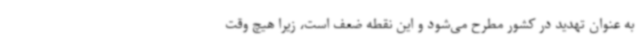
به عنوان تهدید در کشور مطرح می‌شود و این نقطه ضعف است، زیرا هیچ وقت